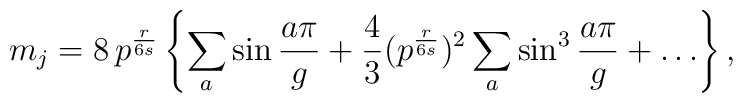
m_j =8\, p^{\frac{r}{6s}}\left\{  \sum_a \sin \frac{a\pi}{g}+\frac{4}{3}(p^{\frac{r}{6s}})^2 \sum_a \sin^3\frac{a\pi}{g}+\ldots\right\},